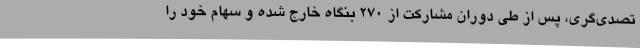
تصدی‌گری، پس از طی دوران مشارکت از 270 بنگاه خارج شده و سهام خود را